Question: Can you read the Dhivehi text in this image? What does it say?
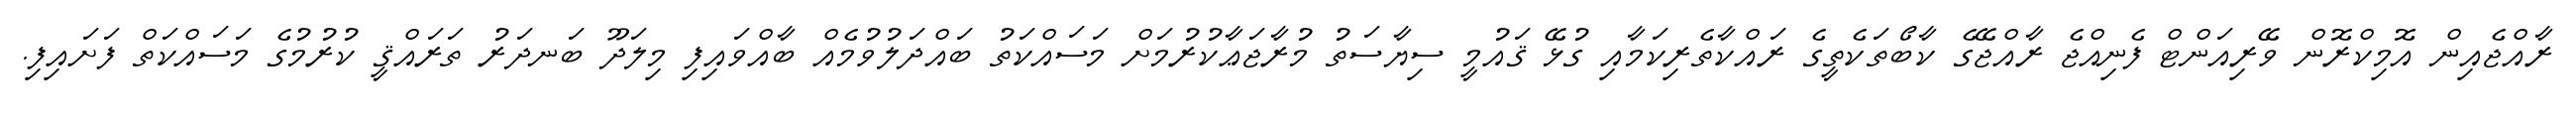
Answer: ރާއްޖެއިން އޮމިކްރޮން ވޭރިއަންޓް ފެނިއްޖެ ރާއްޖޭގެ ކާބޯތަކެތީގެ ރައްކާތެރިކަމާއި ގުޅޭ ޤައުމީ ސިޔާސަތު މުރާޖަޢާކުރުމަށް މަސައްކަތު ބައްދަލުވުމެއް ބާއްވައިފި މިލަދޫ ބަނދަރު ތަރައްޤީ ކުރުމުގެ މަސައްކަތް ފަށައިފި.